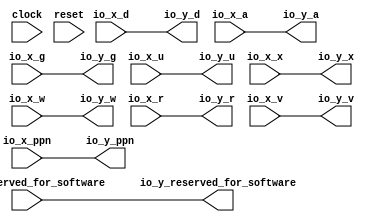
module OptimizationBarrier_37(
  input         clock,
  input         reset,
  input  [53:0] io_x_ppn,
  input  [1:0]  io_x_reserved_for_software,
  input         io_x_d,
  input         io_x_a,
  input         io_x_g,
  input         io_x_u,
  input         io_x_x,
  input         io_x_w,
  input         io_x_r,
  input         io_x_v,
  output [53:0] io_y_ppn,
  output [1:0]  io_y_reserved_for_software,
  output        io_y_d,
  output        io_y_a,
  output        io_y_g,
  output        io_y_u,
  output        io_y_x,
  output        io_y_w,
  output        io_y_r,
  output        io_y_v
);
  assign io_y_ppn = io_x_ppn; // @[package.scala 263:12]
  assign io_y_reserved_for_software = io_x_reserved_for_software; // @[package.scala 263:12]
  assign io_y_d = io_x_d; // @[package.scala 263:12]
  assign io_y_a = io_x_a; // @[package.scala 263:12]
  assign io_y_g = io_x_g; // @[package.scala 263:12]
  assign io_y_u = io_x_u; // @[package.scala 263:12]
  assign io_y_x = io_x_x; // @[package.scala 263:12]
  assign io_y_w = io_x_w; // @[package.scala 263:12]
  assign io_y_r = io_x_r; // @[package.scala 263:12]
  assign io_y_v = io_x_v; // @[package.scala 263:12]
endmodule